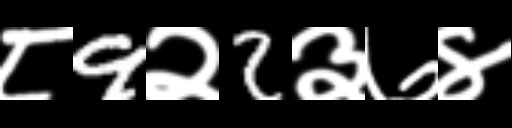
Text: ८9२2३७४